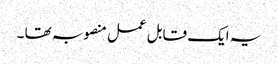
یہ ایک قابل عمل منصوبہ تھا ۔